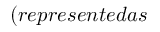
( r e p r e s e n t e d a s